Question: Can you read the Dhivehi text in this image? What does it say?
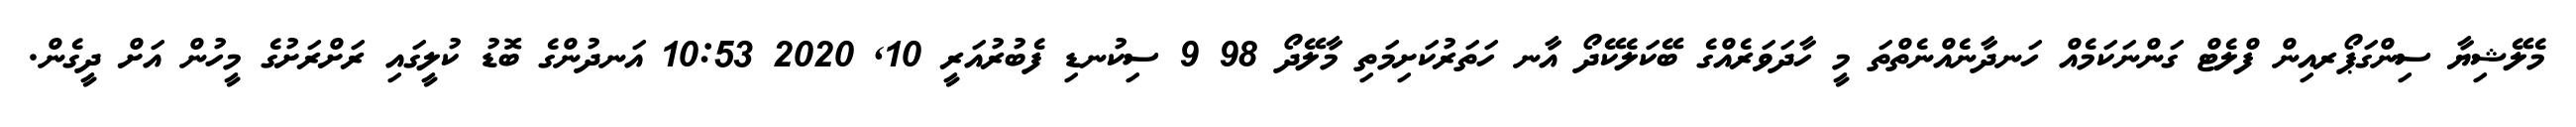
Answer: މެލޭޝިޔާ ސިންގަޕޯރއިން ފްލެޓް ގަންނަކަމެއް ހަނދާނެއްނެތްތަ މީ ހާދަވަރެއްގެ ބޭކަލެކޭދޯ އާނ ހަތަރުކަށިމަތި މާލޭދޯ 98 9 ސިކުނޑި ފެބުރުއަރީ 10, 2020 10:53 އަނދުންގެ ބޮޑު ކުލީގައި ރަށްރަށުގެ މީހުން އަށް ދީގެން.